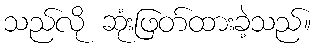
သည်လို ဆုံးဖြတ်ထားခဲ့သည်။